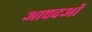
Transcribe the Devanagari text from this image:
आपदओं